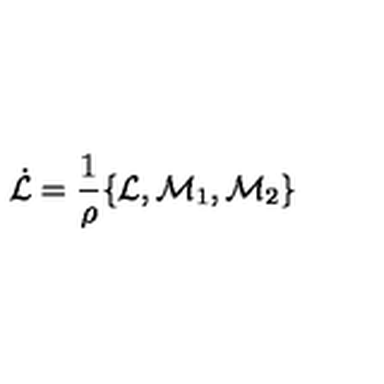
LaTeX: \dot { \cal { L } } = \frac 1 \rho \{ { \cal { L } } , { \cal { M } } _ { 1 } , { \cal { M } } _ { 2 } \}